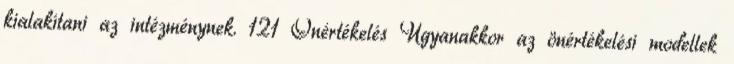
kialakítani az intézménynek. 121 Önértékelés Ugyanakkor az önértékelési modellek